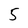
Character: 5